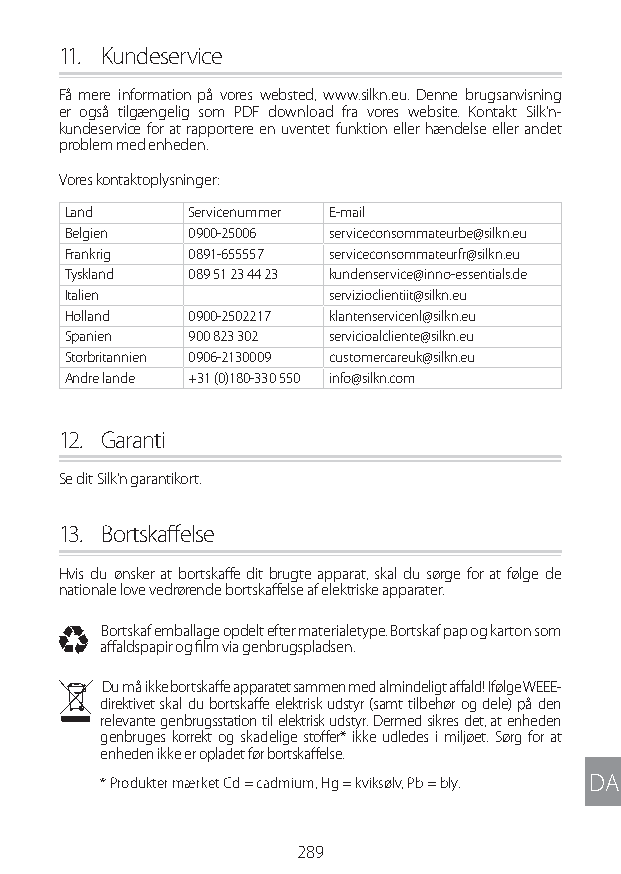
11. Kundeservice
 Få mere information på vores websted, www.silkn.eu. Denne brugsanvisning
 er også tilgængelig som PDF download fra vores website. Kontakt Silk’n-
 kundeservice for at rapportere en uventet funktion eller hændelse eller andet
 problem med enheden.
 Vores kontaktoplysninger:
 Land    Servicenummer E-mail
 Belgien 0900-25006 serviceconsommateurbe@silkn.eu
 Frankrig 0891-655557 serviceconsommateurfr@silkn.eu
 Tyskland 089 51 23 44 23 kundenservice@inno-essentials.de
 Italien          servizioclientiit@silkn.eu
 Holland 0900-2502217 klantenservicenl@silkn.eu
 Spanien 900 823 302 servicioalcliente@silkn.eu
 Storbritannien 0906-2130009 customercareuk@silkn.eu
 Andre lande +31 (0)180-330 550 info@silkn.com
 12. Garanti
 Se dit Silk'n garantikort.
 13. Bortskaffelse
 Hvis du ønsker at bortskaffe dit brugte apparat, skal du sørge for at følge de
 nationale love vedrørende bortskaffelse af elektriske apparater.
 I Bortskaf emballage opdelt efter materialetype. Bortskaf pap og karton som
 affaldspapir og film via genbrugspladsen.
 N Du må ikke bortskaffe apparatet sammen med almindeligt affald! Ifølge WEEE-
 direktivet skal du bortskaffe elektrisk udstyr (samt tilbehør og dele) på den
 relevante genbrugsstation til elektrisk udstyr. Dermed sikres det, at enheden
 genbruges korrekt og skadelige stoffer* ikke udledes i miljøet. Sørg for at
 enheden ikke er opladet før bortskaffelse.
 * Produkter mærket Cd = cadmium, Hg = kviksølv, Pb = bly. DA
 289
 Lipo UM EU124 3545B inside ALL EU124 ED296-24 release.indd 289 14/08/2018 10:57:50